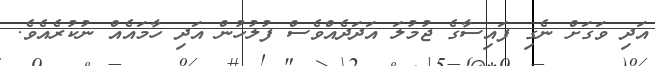
އަދި ވަގަށް ނެގި ފައިސާގެ ޖުމުލަ އަދަދެއްވެސް ފުލުހުން އަދި ހާމައެއް ނުކުރެއެވެ.